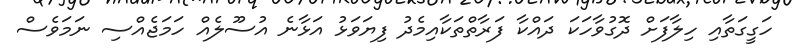
ހަގީގަތާއި ހިލާފަށް ދޮގުވާހަކަ ދައްކާ ފަރާތްތަކާއިމެދު ފިޔަވަޅު އަޅާނެ އުސޫލެއް ހަމަޖެއްސި ނަމަވެސް